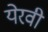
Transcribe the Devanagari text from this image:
येरवी